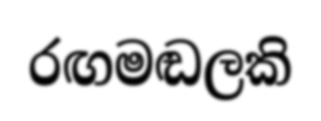
රඟමඬලකි